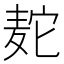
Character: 𫜒